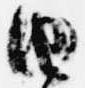
由